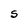
Character: S